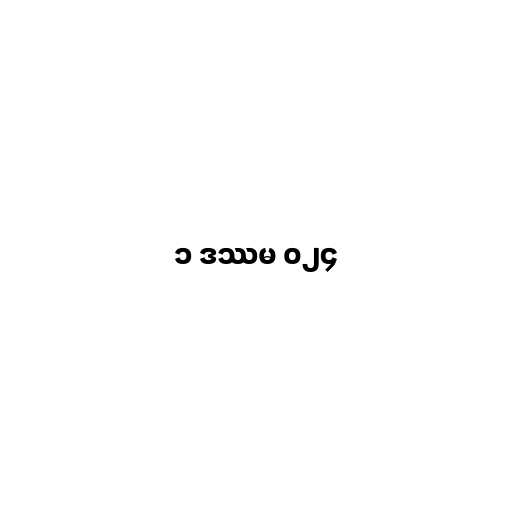
၁ ဒဿမ ၀၂၄